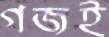
গজই